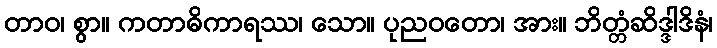
တာဝ၊ စွာ။ ကတာဓိကာရဿ၊ သော။ ပုညဝတော၊ အား။ ဘိတ္တံဆိဒ္ဒါဒိနံ၊